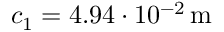
c _ { 1 } = 4 . 9 4 \cdot 1 0 ^ { - 2 } \, \mathrm { m }